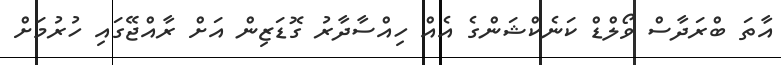
އާތަ ބްރަދާސް ވޯލްޑް ކަނެކްޝަންގެ އެއް ހިއްސާދާރު ގޮޑަޒިން އަށް ރާއްޖޭގައި ހުރުމަށް